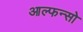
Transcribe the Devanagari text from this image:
आल्फन्सो